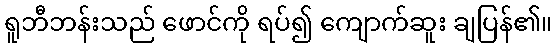
ရူဘီဘန်းသည် ဖောင်ကို ရပ်၍ ကျောက်ဆူး ချပြန်၏။